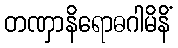
တဏှာနိရောဓဂါမိနိံ